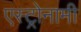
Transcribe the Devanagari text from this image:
एस्ट्रोनामी